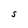
Character: S